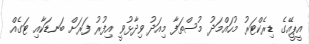
އީޕީއޭގެ ޑިރެކްޓަރު މުހައްމަދު މުސްތަފާ މިއަދު ވިދާޅުވީ އިފުރު ފަރަށް ބަނޑަކާއި ޓަގެއް